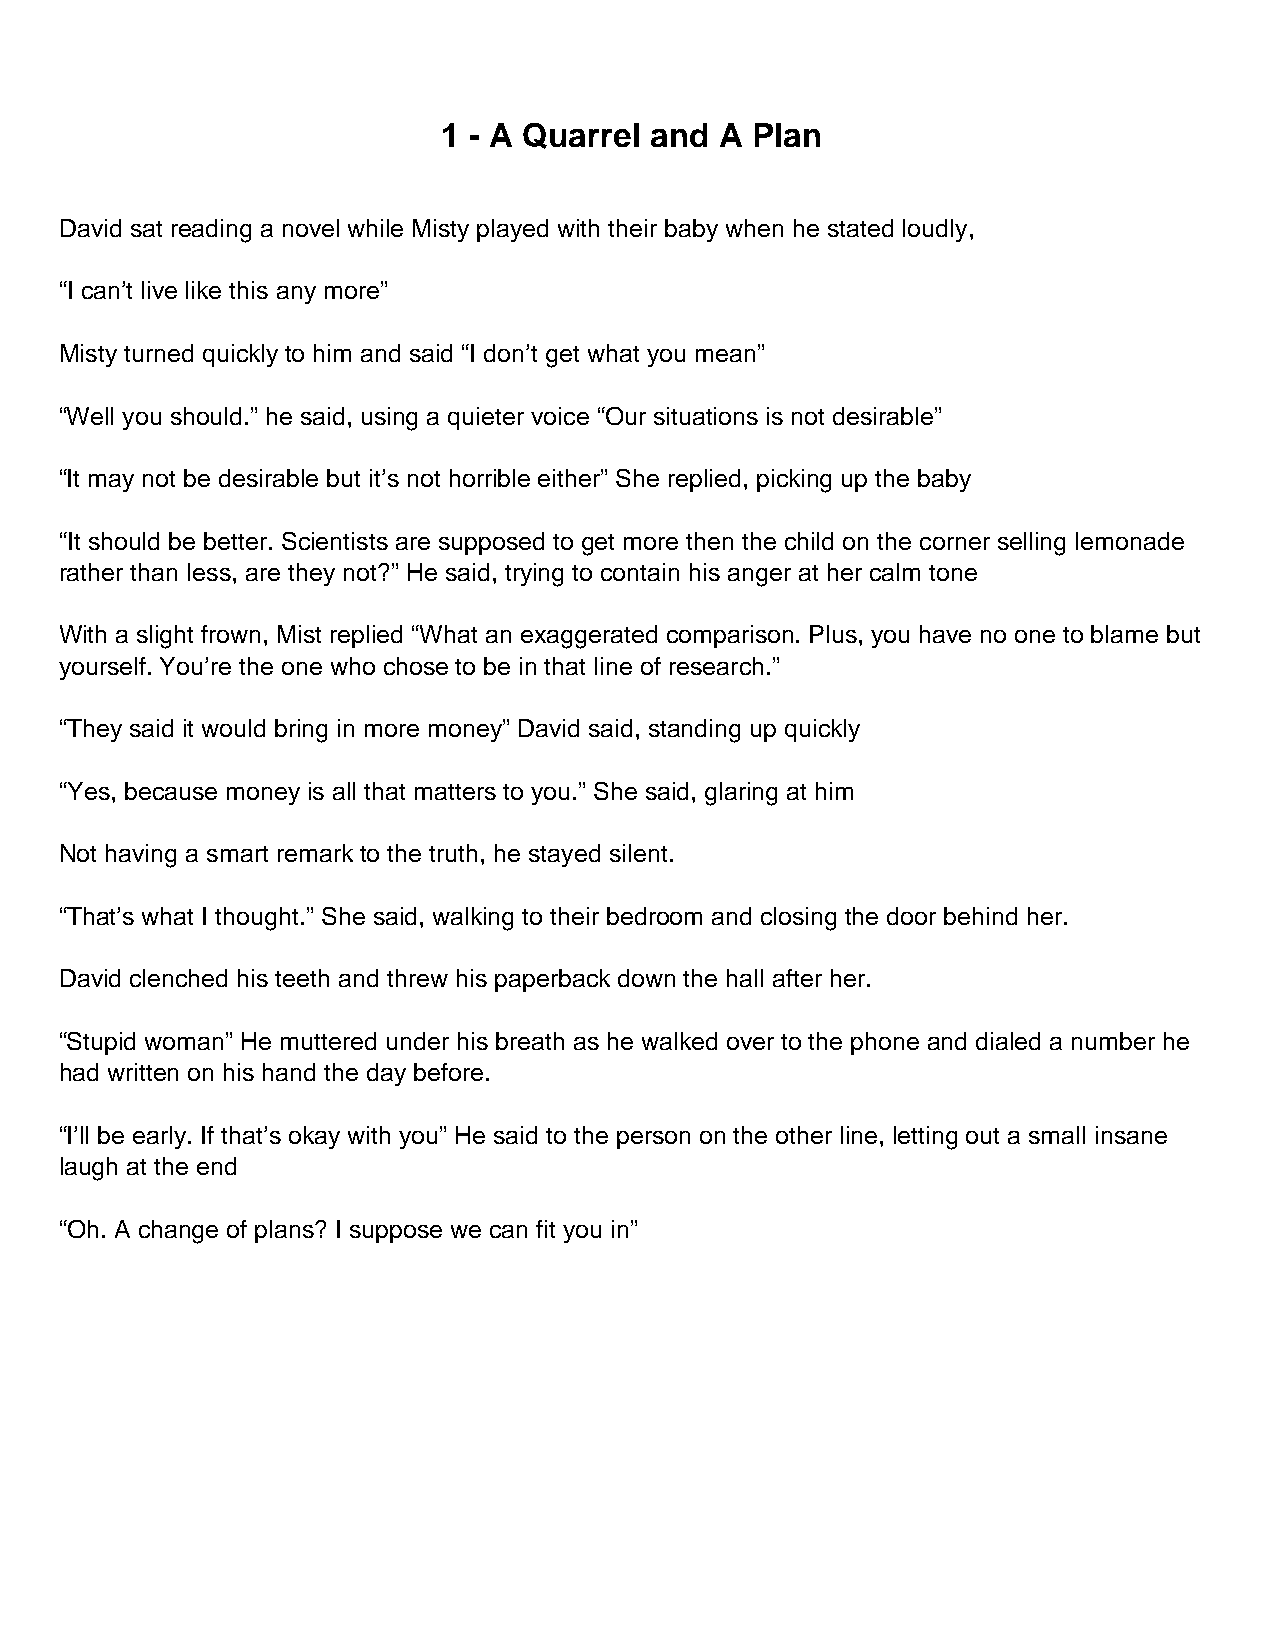
1 - A Quarrel and  A Plan
 David sat reading a novel while Misty played with their baby when he stated loudly,
 “I can’t live like this any more”
 Misty turned quickly to him and said “I don’t get what you mean”
 “Well you should.” he said, using a quieter voice “Our situations is not desirable”
 “It may not be desirable but it’s not horrible either” She replied, picking up the baby
 “It should be better. Scientists are supposed to get more then the child on the corner selling lemonade
 rather than less, are they not?” He said, trying to contain his anger at her calm tone
 With a slight frown, Mist replied “What an exaggerated comparison. Plus, you have no one to blame but
 yourself. You’re the one who chose to be in that line of research.”
 “They said it would bring in more money” David said, standing up quickly
 “Yes, because money is all that matters to you.” She said, glaring at him
 Not having a smart remark to the truth, he stayed silent.
 “That’s what I thought.” She said, walking to their bedroom and closing the door behind her.
 David clenched his teeth and threw his paperback down the hall after her.
 “Stupid woman” He muttered under his breath as he walked over to the phone and dialed a number he
 had written on his hand the day before.
 “I’ll be early. If that’s okay with you” He said to the person on the other line, letting out a small insane
 laugh at the end
 “Oh. A change of plans? I suppose we can fit you in”